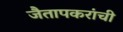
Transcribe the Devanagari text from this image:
जैतापकरांची